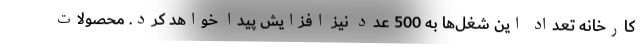
کارخانه تعداد این شغل‌ها به 500 عدد نیز افزایش پیدا خواهد کرد. محصولات